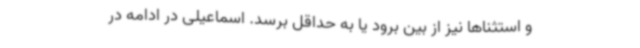
و استثنا‌ها نیز از بین برود یا به حداقل برسد. اسماعیلی در ادامه در